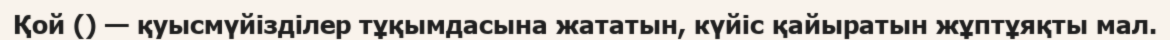
Қой () — қуысмүйізділер тұқымдасына жататын, күйіс қайыратын жұптұяқты мал.